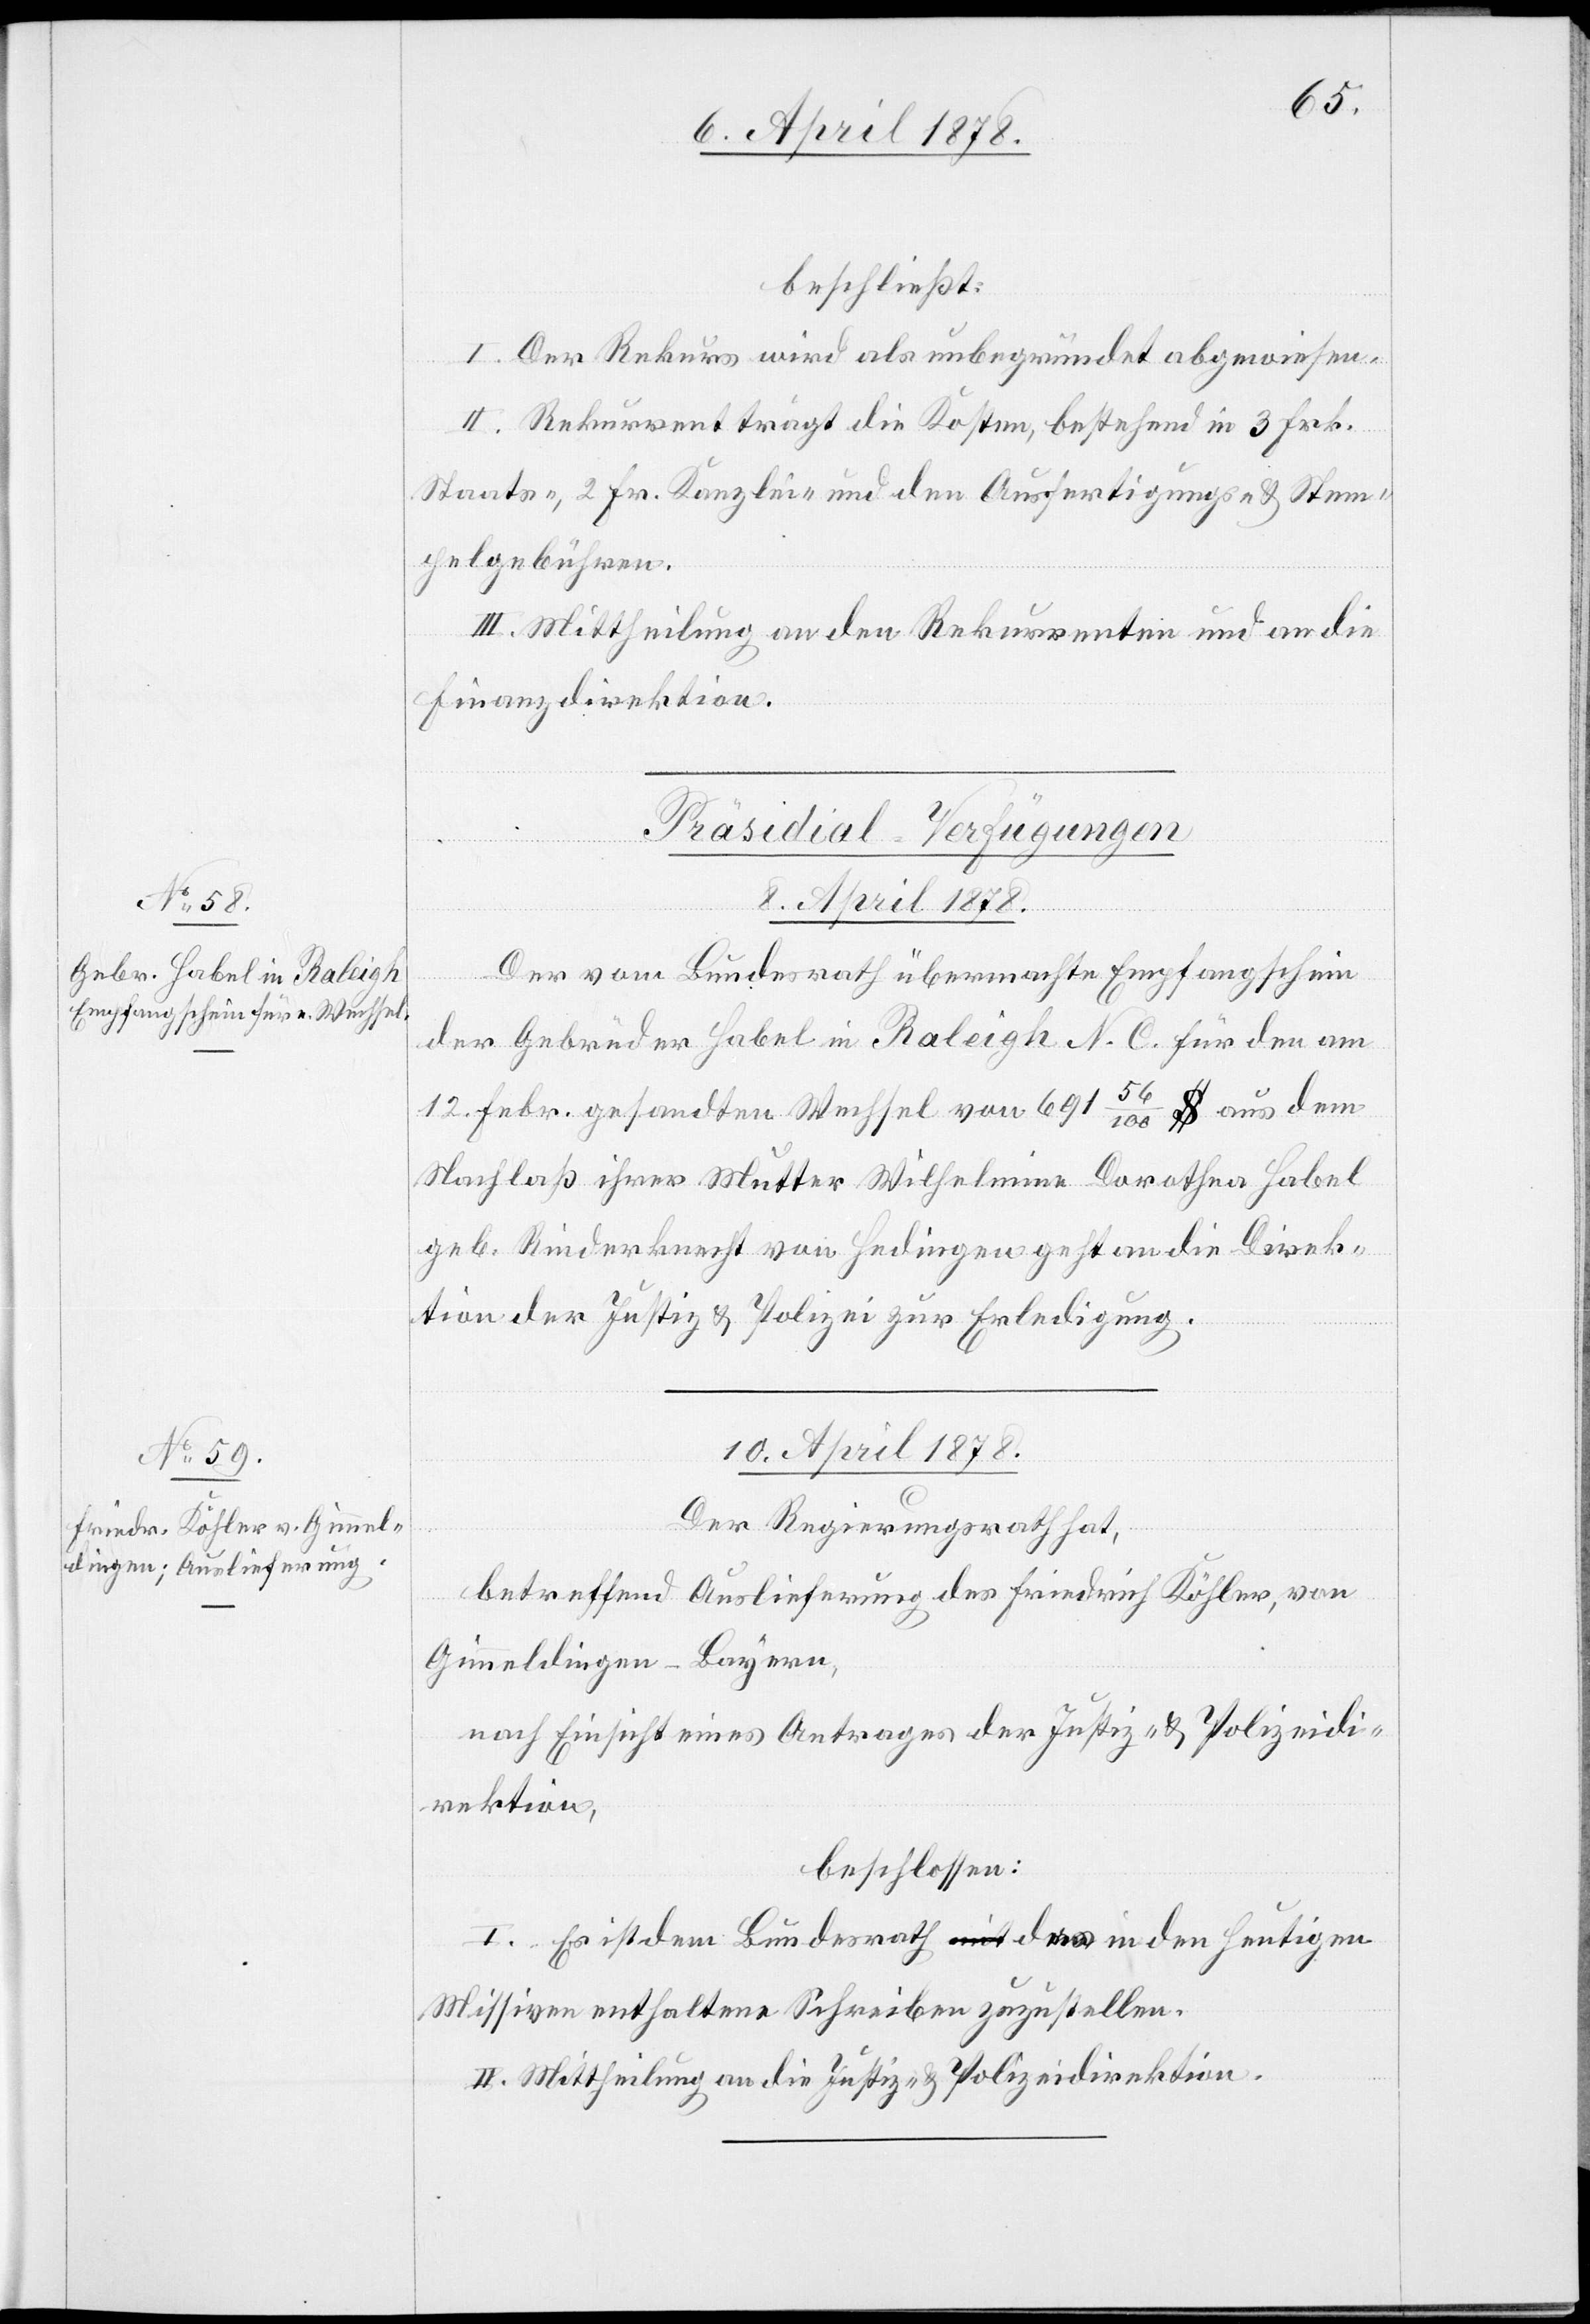
beschließt:
I. Der Rekurs wird als unbegründet abgewiesen.
II. Rekurrent trägt die Kosten, bestehend in 3 Frk.
Staats-, 2 Frk. Kanzlei- und den Ausfertigungs- & Stem¬
pelgebühren.
III. Mittheilung an den Rekurrenten und an die
Finanzdirektion.
[Präsidial-Verfügungen]
8. April 1878.
Der vom Bundesrath übermachte Empfangschein
der Gebrüder Habel in Raleigh N. C. für den am
12. Febr. gesandten Wechsel von 691 56/100 $ aus dem
Nachlaß ihrer Mutter Wilhelmina Dorothea Habel
geb. Rinderknecht von Hedingen geht an die Direk¬
tion der Justiz & Polizei zur Erledigung.
10. April 1878.
Der Regierungsrath hat,
betreffend Auslieferung des Friedrich Köhler, von
Gunneldingen - Bayern,
nach Einsicht eines Antrages der Justiz- & Polizeidi¬
rektion,
beschlossen:
I. Es ist dem Bundesrath das in den heutigen
Missiven enthaltene Schreiben zuzustellen.
II. Mittheilung an die Justiz- & Polizeidirektion.